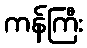
ကန်ကြီး